Annual administration report of the Civil Veterinary Department of India - 1895-1896
Year: 1895
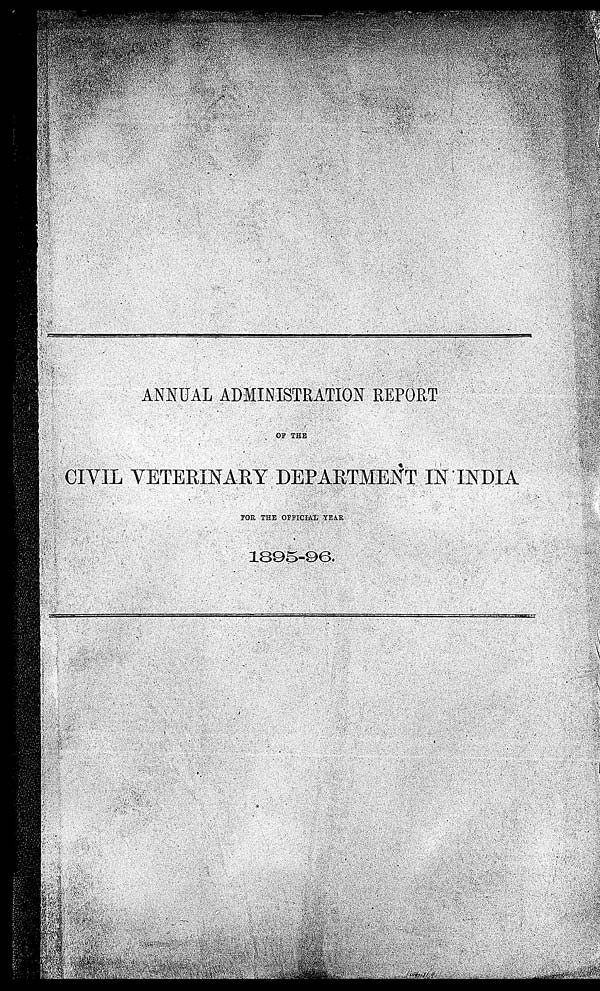
ANNUAL ADMINISTRATION REPORT
OF THE
CIVIL VETERINARY DEPARTMENT IN INDIA
FOR THE OFFICIAL YEAR
1895-96.